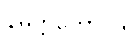
နိမိတ္တကောဝိဒါ